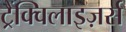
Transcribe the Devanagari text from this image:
ट्रैंक्विलाइज़र्स